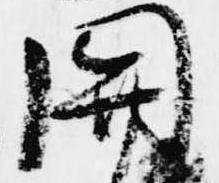
関